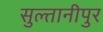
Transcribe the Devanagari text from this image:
सुल्तानीपुर